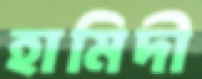
হামিদী